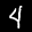
Label: 4